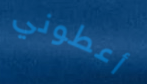
أعطوني